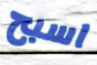
اسبح